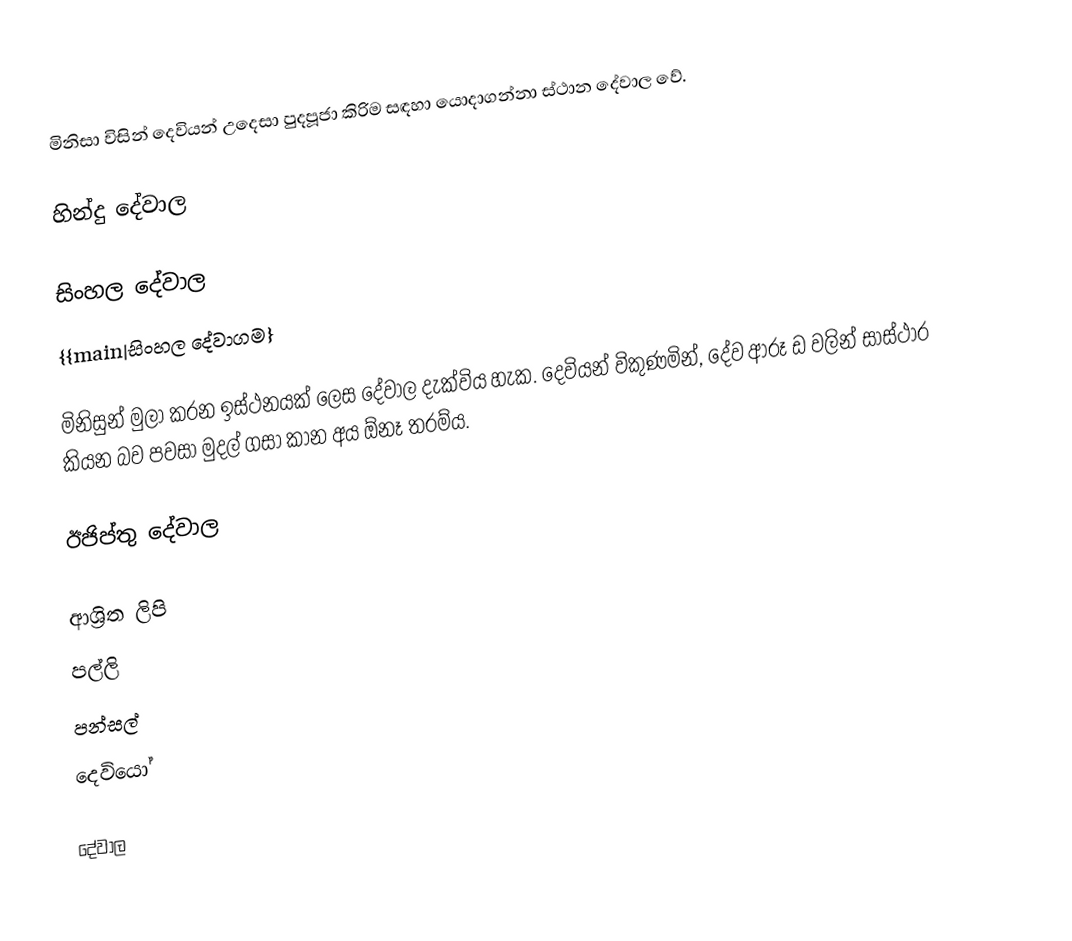
මිනිසා විසින් දෙවියන් උදෙසා පුදපූජා කිරිම සඳහා යොදාගන්නා ස්ථාන දේවාල වේ.

හින්දු දේවාල

සිංහල දේවාල
{{main|සිංහල දේවාගම}

මිනිසුන් මුලා කරන ඉස්ථනයක් ලෙස දේවාල දැක්විය හැක. දෙවියන් විකුණමින්, දේව ආරූ ඩ වලින් සාස්ථාර කියන බව පවසා මුදල් ගසා කාන අය ඕනෑ තරම්ය.

ඊජිප්තු දේවාල

ආශ්‍රිත ලිපි
 පල්ලි
 පන්සල්
 දෙවියෝ

දේවාල